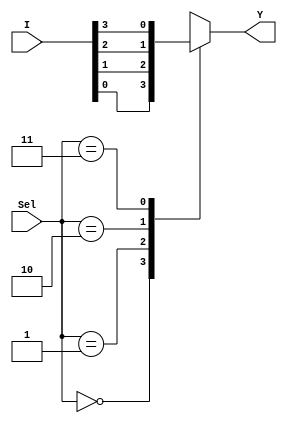
module mux(
input [3:0]I,
input [1:0]Sel, 
output reg Y
);
  
always @ (Sel, I)
begin
    case (Sel)
        2'd0: Y = I[0];
        2'd1: Y = I[1];
        2'd2: Y = I[2];
        2'd3: Y = I[3];
        default:
            Y = 2'd0;
    endcase
end

endmodule